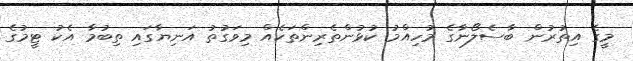
މީގެ އިތުރުން ބާސެލޯނާގެ މުހިއްމު ކުޅުންތެރިންތަކެއް މިވަގުތު އަނިޔާގައި ތިބުމާ އެކު ޓީމުގެ